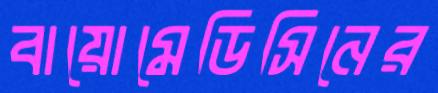
বায়োমেডিসিনের